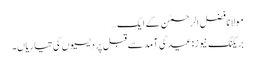
مولانا فضل الرحمٰن کے ایک…
بریکنگ نیوز:عید کی آمد سے قبل پردیسیوں کی تیاریاں۔